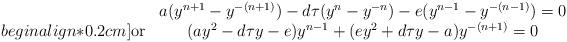
LaTeX: \begin{align*}\begin{array}{cc}&a(y^{n+1}-y^{-(n+1)})-d\tau(y^n-y^{-n})-e(y^{n-1}-y^{-(n-1)})=0\\begin{align*}0.2cm]\mbox{or} & (ay^2-d\tau y-e)y^{n-1}+(ey^2+d\tau y-a)y^{-(n+1)}=0\end{array}\end{align*}